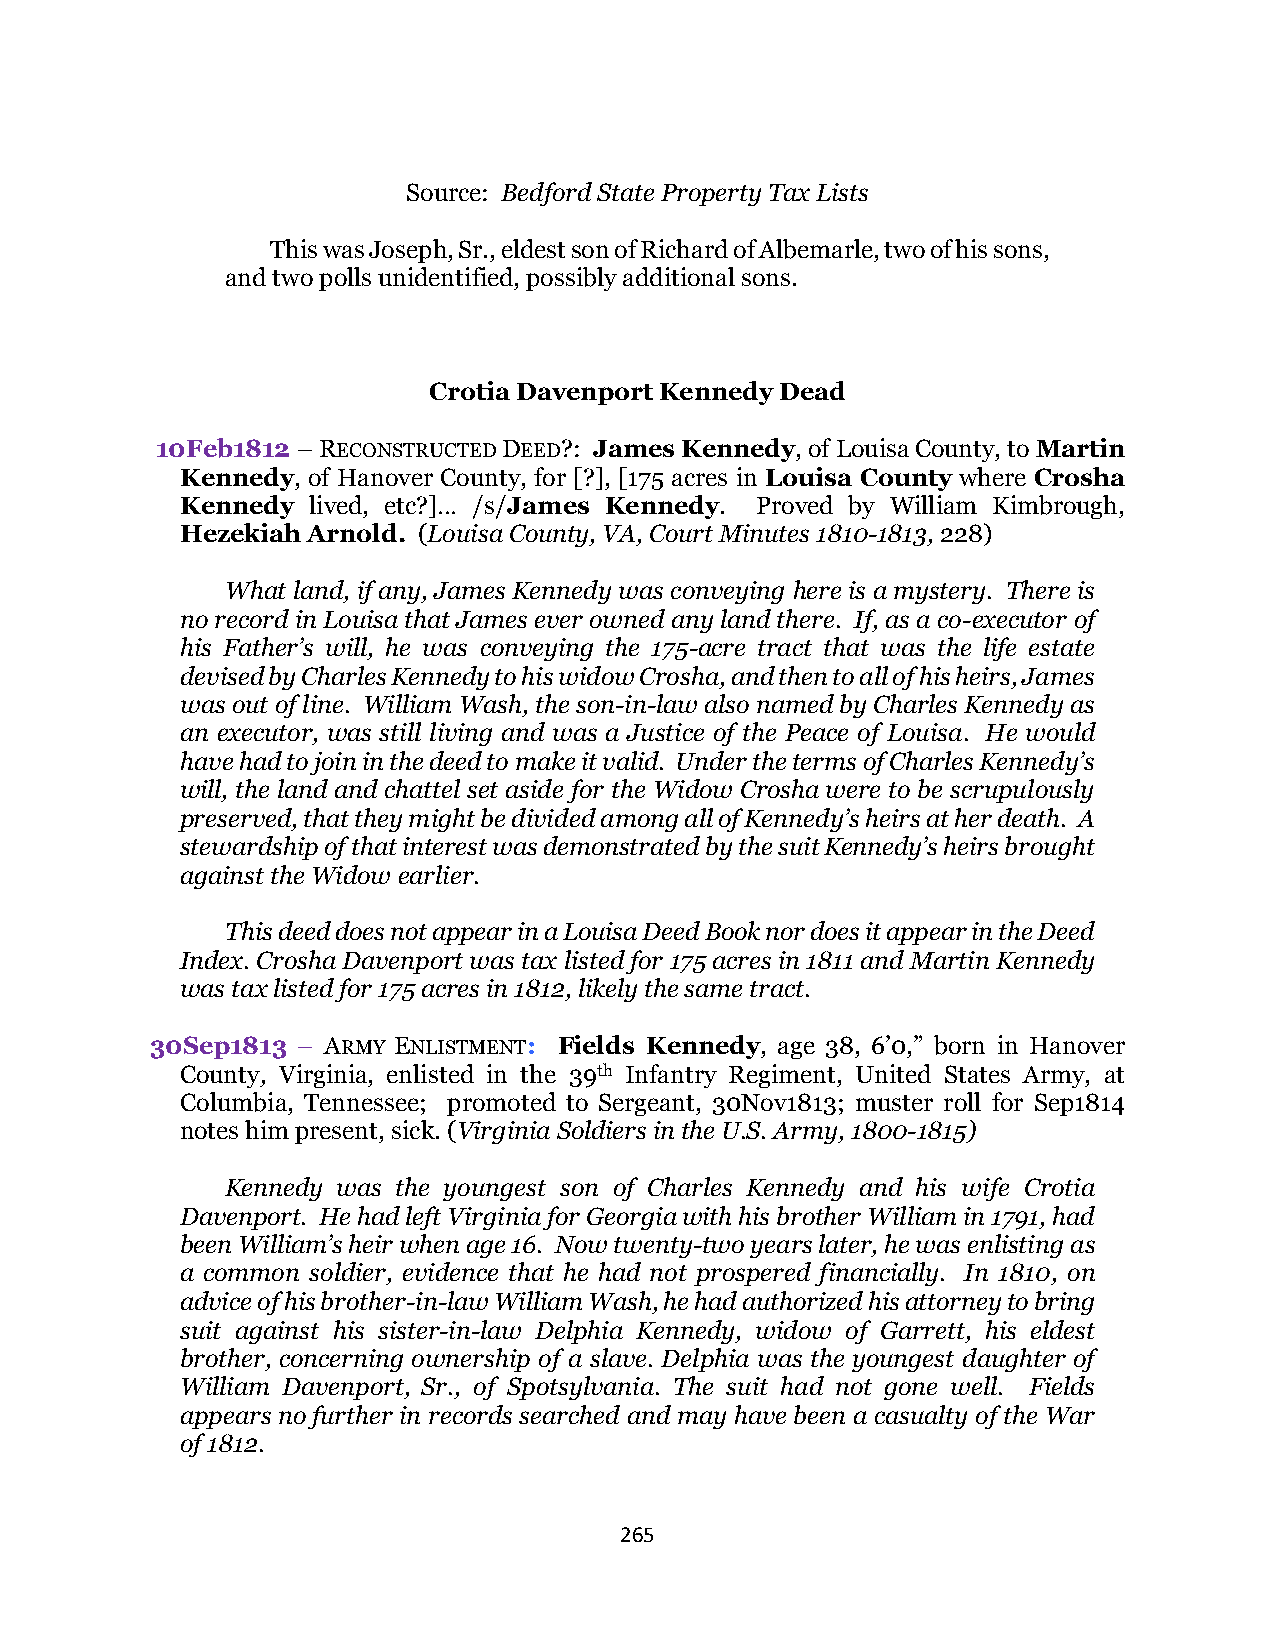
Source: Bedford State Property Tax Lists
 This was Joseph, Sr., eldest son of Richard of Albemarle, two of his sons,
 and two polls unidentified, possibly additional sons.
 Crotia Davenport Kennedy Dead
 10Feb1812 – RECONSTRUCTED DEED?: James Kennedy, of Louisa County, to Martin
 Kennedy, of Hanover County, for [?], [175 acres in Louisa County where Crosha
 Kennedy lived, etc?]… /s/James Kennedy. Proved by William Kimbrough,
 Hezekiah Arnold. (Louisa County, VA, Court Minutes 1810-1813, 228)
 What land, if any, James Kennedy was conveying here is a mystery. There is
 no record in Louisa that James ever owned any land there. If, as a co-executor of
 his Father’s will, he was conveying the 175-acre tract that was the life estate
 devised by Charles Kennedy to his widow Crosha, and then to all of his heirs, James
 was out of line. William Wash, the son-in-law also named by Charles Kennedy as
 an executor, was still living and was a Justice of the Peace of Louisa. He would
 have had to join in the deed to make it valid. Under the terms of Charles Kennedy’s
 will, the land and chattel set aside for the Widow Crosha were to be scrupulously
 preserved, that they might be divided among all of Kennedy’s heirs at her death. A
 stewardship of that interest was demonstrated by the suit Kennedy’s heirs brought
 against the Widow earlier.
 This deed does not appear in a Louisa Deed Book nor does it appear in the Deed
 Index. Crosha Davenport was tax listed for 175 acres in 1811 and Martin Kennedy
 was tax listed for 175 acres in 1812, likely the same tract.
 30Sep1813 – ARMY ENLISTMENT: Fields Kennedy, age 38, 6’0,” born in Hanover
 County, Virginia, enlisted in the 39th Infantry Regiment, United States Army, at
 Columbia, Tennessee; promoted to Sergeant, 30Nov1813; muster roll for Sep1814
 notes him present, sick. (Virginia Soldiers in the U.S. Army, 1800-1815)
 Kennedy was the youngest son of Charles Kennedy and his wife Crotia
 Davenport. He had left Virginia for Georgia with his brother William in 1791, had
 been William’s heir when age 16. Now twenty-two years later, he was enlisting as
 a common soldier, evidence that he had not prospered financially. In 1810, on
 advice of his brother-in-law William Wash, he had authorized his attorney to bring
 suit against his sister-in-law Delphia Kennedy, widow of Garrett, his eldest
 brother, concerning ownership of a slave. Delphia was the youngest daughter of
 William Davenport, Sr., of Spotsylvania. The suit had not gone well. Fields
 appears no further in records searched and may have been a casualty of the War
 of 1812.
 265